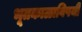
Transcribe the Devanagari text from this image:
भूतकाळाविषयी